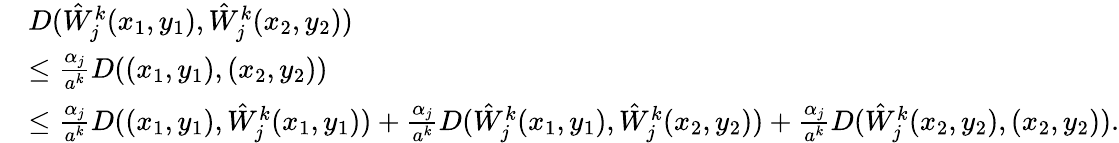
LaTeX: \begin{array}{rl}&{D(\hat{W}_{j}^{k}(x_{1},y_{1}),\hat{W}_{j}^{k}(x_{2},y_{2}))}\\ &{\le\frac{\alpha_{j}}{a^{k}}D((x_{1},y_{1}),(x_{2},y_{2}))}\\ &{\le\frac{\alpha_{j}}{a^{k}}D((x_{1},y_{1}),\hat{W}_{j}^{k}(x_{1},y_{1}))+\frac{\alpha_{j}}{a^{k}}D(\hat{W}_{j}^{k}(x_{1},y_{1}),\hat{W}_{j}^{k}(x_{2},y_{2}))+\frac{\alpha_{j}}{a^{k}}D(\hat{W}_{j}^{k}(x_{2},y_{2}),(x_{2},y_{2})).}\end{array}